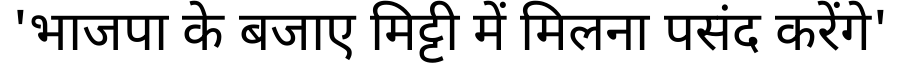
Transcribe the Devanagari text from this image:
'भाजपा के बजाए मिट्टी में मिलना पसंद करेंगे'